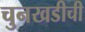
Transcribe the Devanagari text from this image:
चुनखडीची